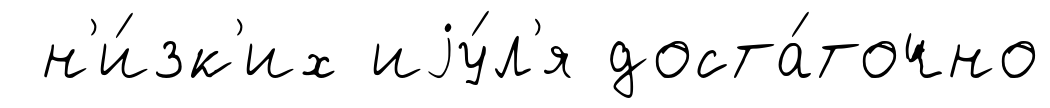
н'и́зк'их иjу́л'я доста́точно